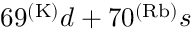
6 9 ^ { ( \mathrm { K ) } } d + 7 0 ^ { ( \mathrm { R b ) } } s